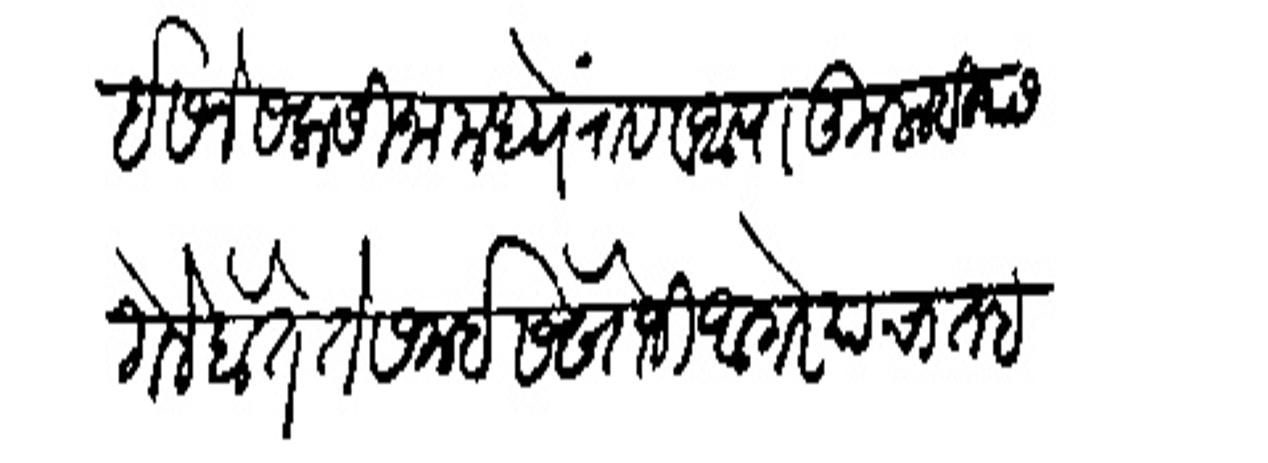
Transliteration (Devanagari): ईसने सलासीना मध्यें राब व आपा कुलाबियास गेले होते ते समई सेखोजी आगरे याचा तह